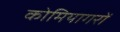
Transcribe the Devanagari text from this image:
कोमियागरों